Treatise on elephants
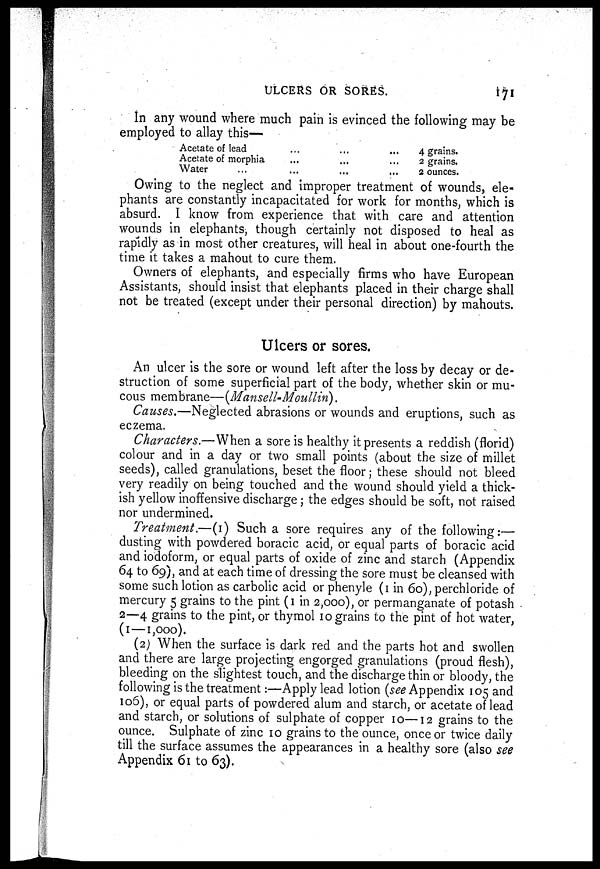
ULCERS OR SORES.
171
In any wound where much pain is evinced the following may be
employed to allay this—
Acetate of lead ... ... ...
Acetate of morphia ... ... ...
Water ... ... ...
4 grains.
2 grains.
2 ounces.
Owing to the neglect and improper treatment of wounds, ele-
phants are constantly incapacitated for work for months, which is
absurd. I know from experience that with care and attention
wounds in elephants, though certainly not disposed to heal as
rapidly as in most other creatures, will heal in about one-fourth the
time it takes a mahout to cure them.
Owners of elephants, and especially firms who have European
Assistants, should insist that elephants placed in their charge shall
not be treated (except under their personal direction) by mahouts.
Ulcers or sores.
An ulcer is the sore or wound left after the loss by decay or de-
struction of some superficial part of the body, whether skin or mu-
cous membrane—(Mansell-Moullin).
Causes.—Neglected abrasions or wounds and eruptions, such as
eczema.
Characters.—When a sore is healthy it presents a reddish (florid)
colour and in a day or two small points (about the size of millet
seeds), called granulations, beset the floor; these should not bleed
very readily on being touched and the wound should yield a thick-
ish yellow inoffensive discharge ; the edges should be soft, not raised
nor undermined.
Treatment.—(1) Such a sore requires any of the following:—
dusting with powdered boracic acid, or equal parts of boracic acid
and iodoform, or equal parts of oxide of zinc and starch (Appendix
64 to 69), and at each time of dressing the sore must be cleansed with
some such lotion as carbolic acid or phenyle (1 in 60), perchloride of
mercury 5 grains to the pint (1 in 2,000), or permanganate of potash
2—4 grains to the pint, or thymol 10 grains to the pint of hot water,
(1—1,000).
(2) When the surface is dark red and the parts hot and swollen
and there are large projecting engorged granulations (proud flesh),
bleeding on the slightest touch, and the discharge thin or bloody, the
following is the treatment:—Apply lead lotion (see Appendix 105 and
106), or equal parts of powdered alum and starch, or acetate of lead
and starch, or solutions of sulphate of copper 10—12 grains to the
ounce. Sulphate of zinc 10 grains to the ounce, once or twice daily
till the surface assumes the appearances in a healthy sore (also see
Appendix 61 to 63).